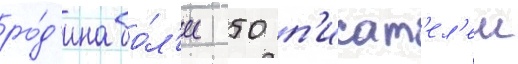
ро́д'ина бо́л'ее 50 п'исат'ел'еи